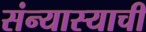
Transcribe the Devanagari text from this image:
संन्यास्याची